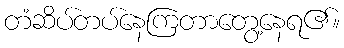
တံဆိပ်တပ်နေကြတာတွေ့နေရ၏။